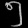
Digit: ၅